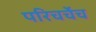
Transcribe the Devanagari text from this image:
परिचर्चेच